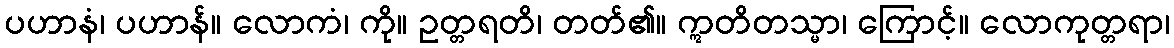
ပဟာနံ၊ ပဟာန်။ လောကံ၊ ကို။ ဥတ္တရတိ၊ တတ်၏။ ဣတိတသ္မာ၊ ကြောင့်။ လောကုတ္တရာ၊